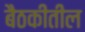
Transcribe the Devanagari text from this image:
बैठकीतील